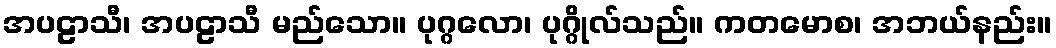
အပဠာသီ၊ အပဠာသီ မည်သော။ ပုဂ္ဂလော၊ ပုဂ္ဂိုလ်သည်။ ကတမောစ၊ အဘယ်နည်း။